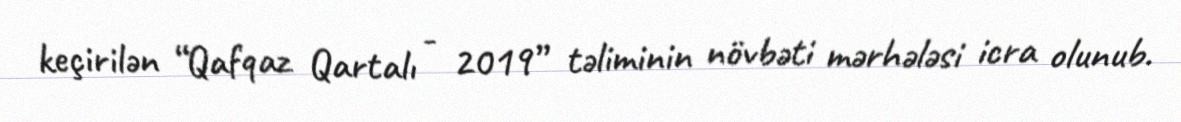
keçirilən “Qafqaz Qartalı - 2019” təliminin növbəti mərhələsi icra olunub.